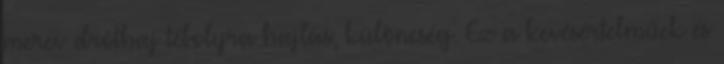
merev dróthaj tébolyra hajlás, különcség. Ez a kevésértelműek és